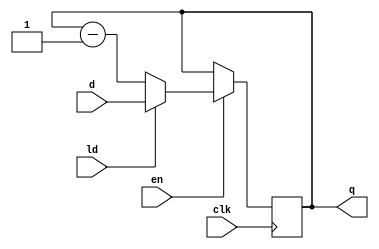
`timescale 1ns / 1ps
module counter#(parameter WIDTH = 4)(
    input clk,
    input en,
    input ld,
    input [WIDTH-1:0] d,
    output reg [WIDTH-1:0] q
    );
    
    always @ (posedge clk) begin
        if(en)//ce = 1
            begin
            if(ld)//ld = 1 Load
                q = d;
            else//ld = 0
                q = q-1;
        end
    end
endmodule